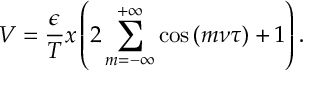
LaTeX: V = \frac { \epsilon } { T } x \left( 2 \sum _ { m = - \infty } ^ { + \infty } \cos { ( m \nu \tau ) } + 1 \right) .